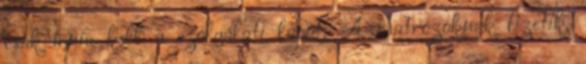
csak írnia kell a szolgálati lapot. A matrózoknak fizetik,